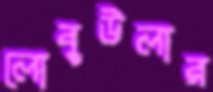
লোবুউলার